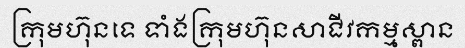
ក្រុមហ៊ុនទេ ទាំងក្រុមហ៊ុនសាជីវកម្មស្ពាន